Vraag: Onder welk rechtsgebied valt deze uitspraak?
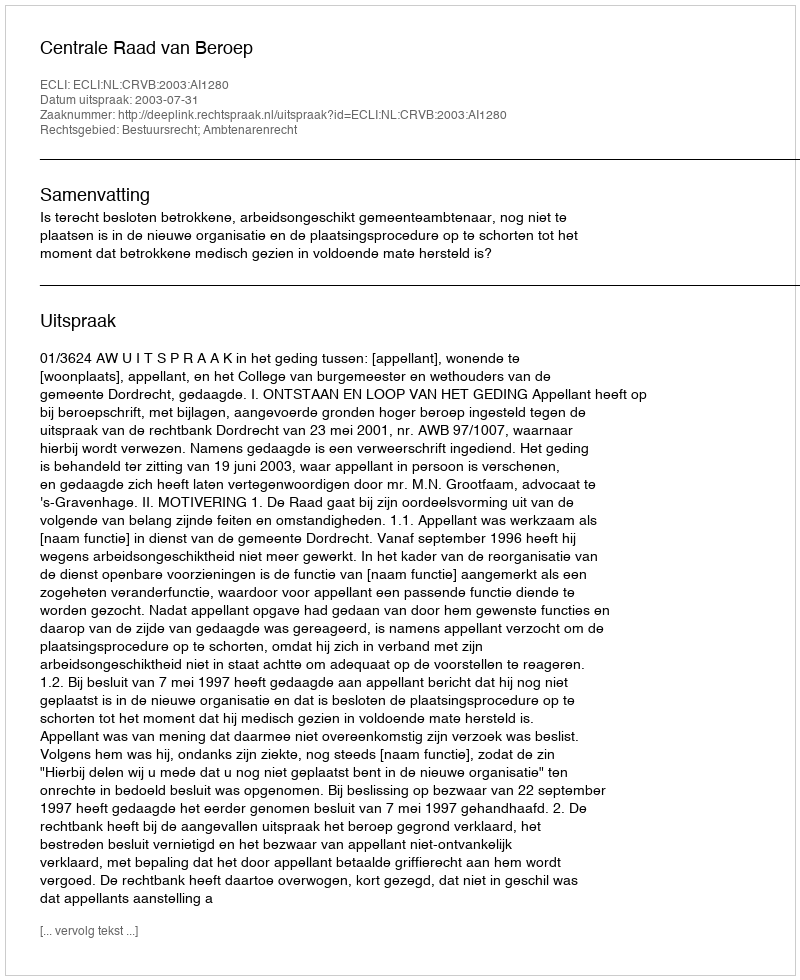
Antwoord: Bestuursrecht; Ambtenarenrecht